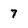
Character: 7